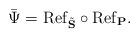
LaTeX: \begin{align*}\bar \Psi = \mathrm{Ref}_{\tilde{\mathbf S}} \circ \mathrm{Ref}_{\mathbf P}.\end{align*}